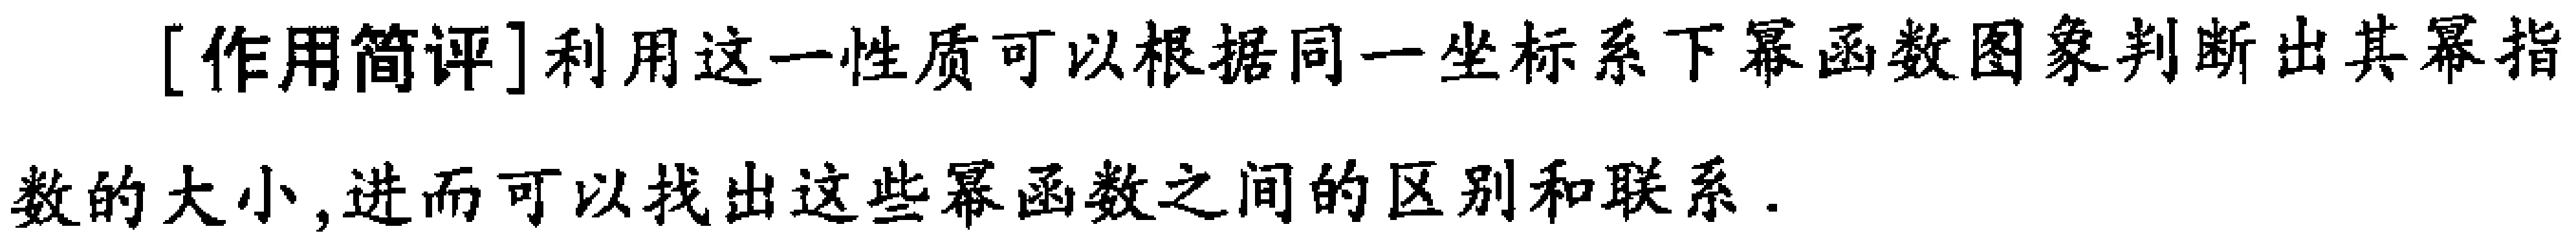
[作用简评]利用这一性质可以根据同一坐标系下幂函数图象判断出其幂指数的大小,进而可以找出这些幂函数之间的区别和联系.